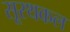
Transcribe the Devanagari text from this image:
सूरथकल